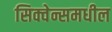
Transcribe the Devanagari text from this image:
सिक्वेन्समधील